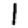
Digit: 1